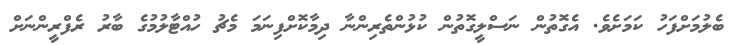
ބެލުމަށްފަހު ކަމަށެވެ. އެގޮތުން ނަސްލީގޮތުން ކުޅުންތެރިންނާ ދިމާކޮށްފިނަމަ މެޗު ހުއްޓާލުމުގެ ބާރު ރެފްރީންނަށް